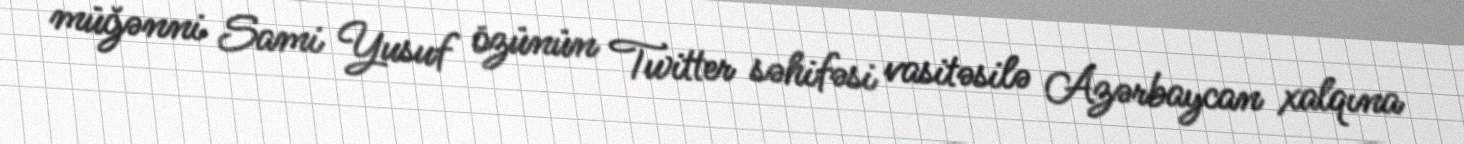
müğənni Sami Yusuf özünün Twitter səhifəsi vasitəsilə Azərbaycan xalqına